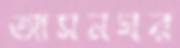
আসনঘর